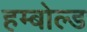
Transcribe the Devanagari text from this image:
हम्बोल्ड